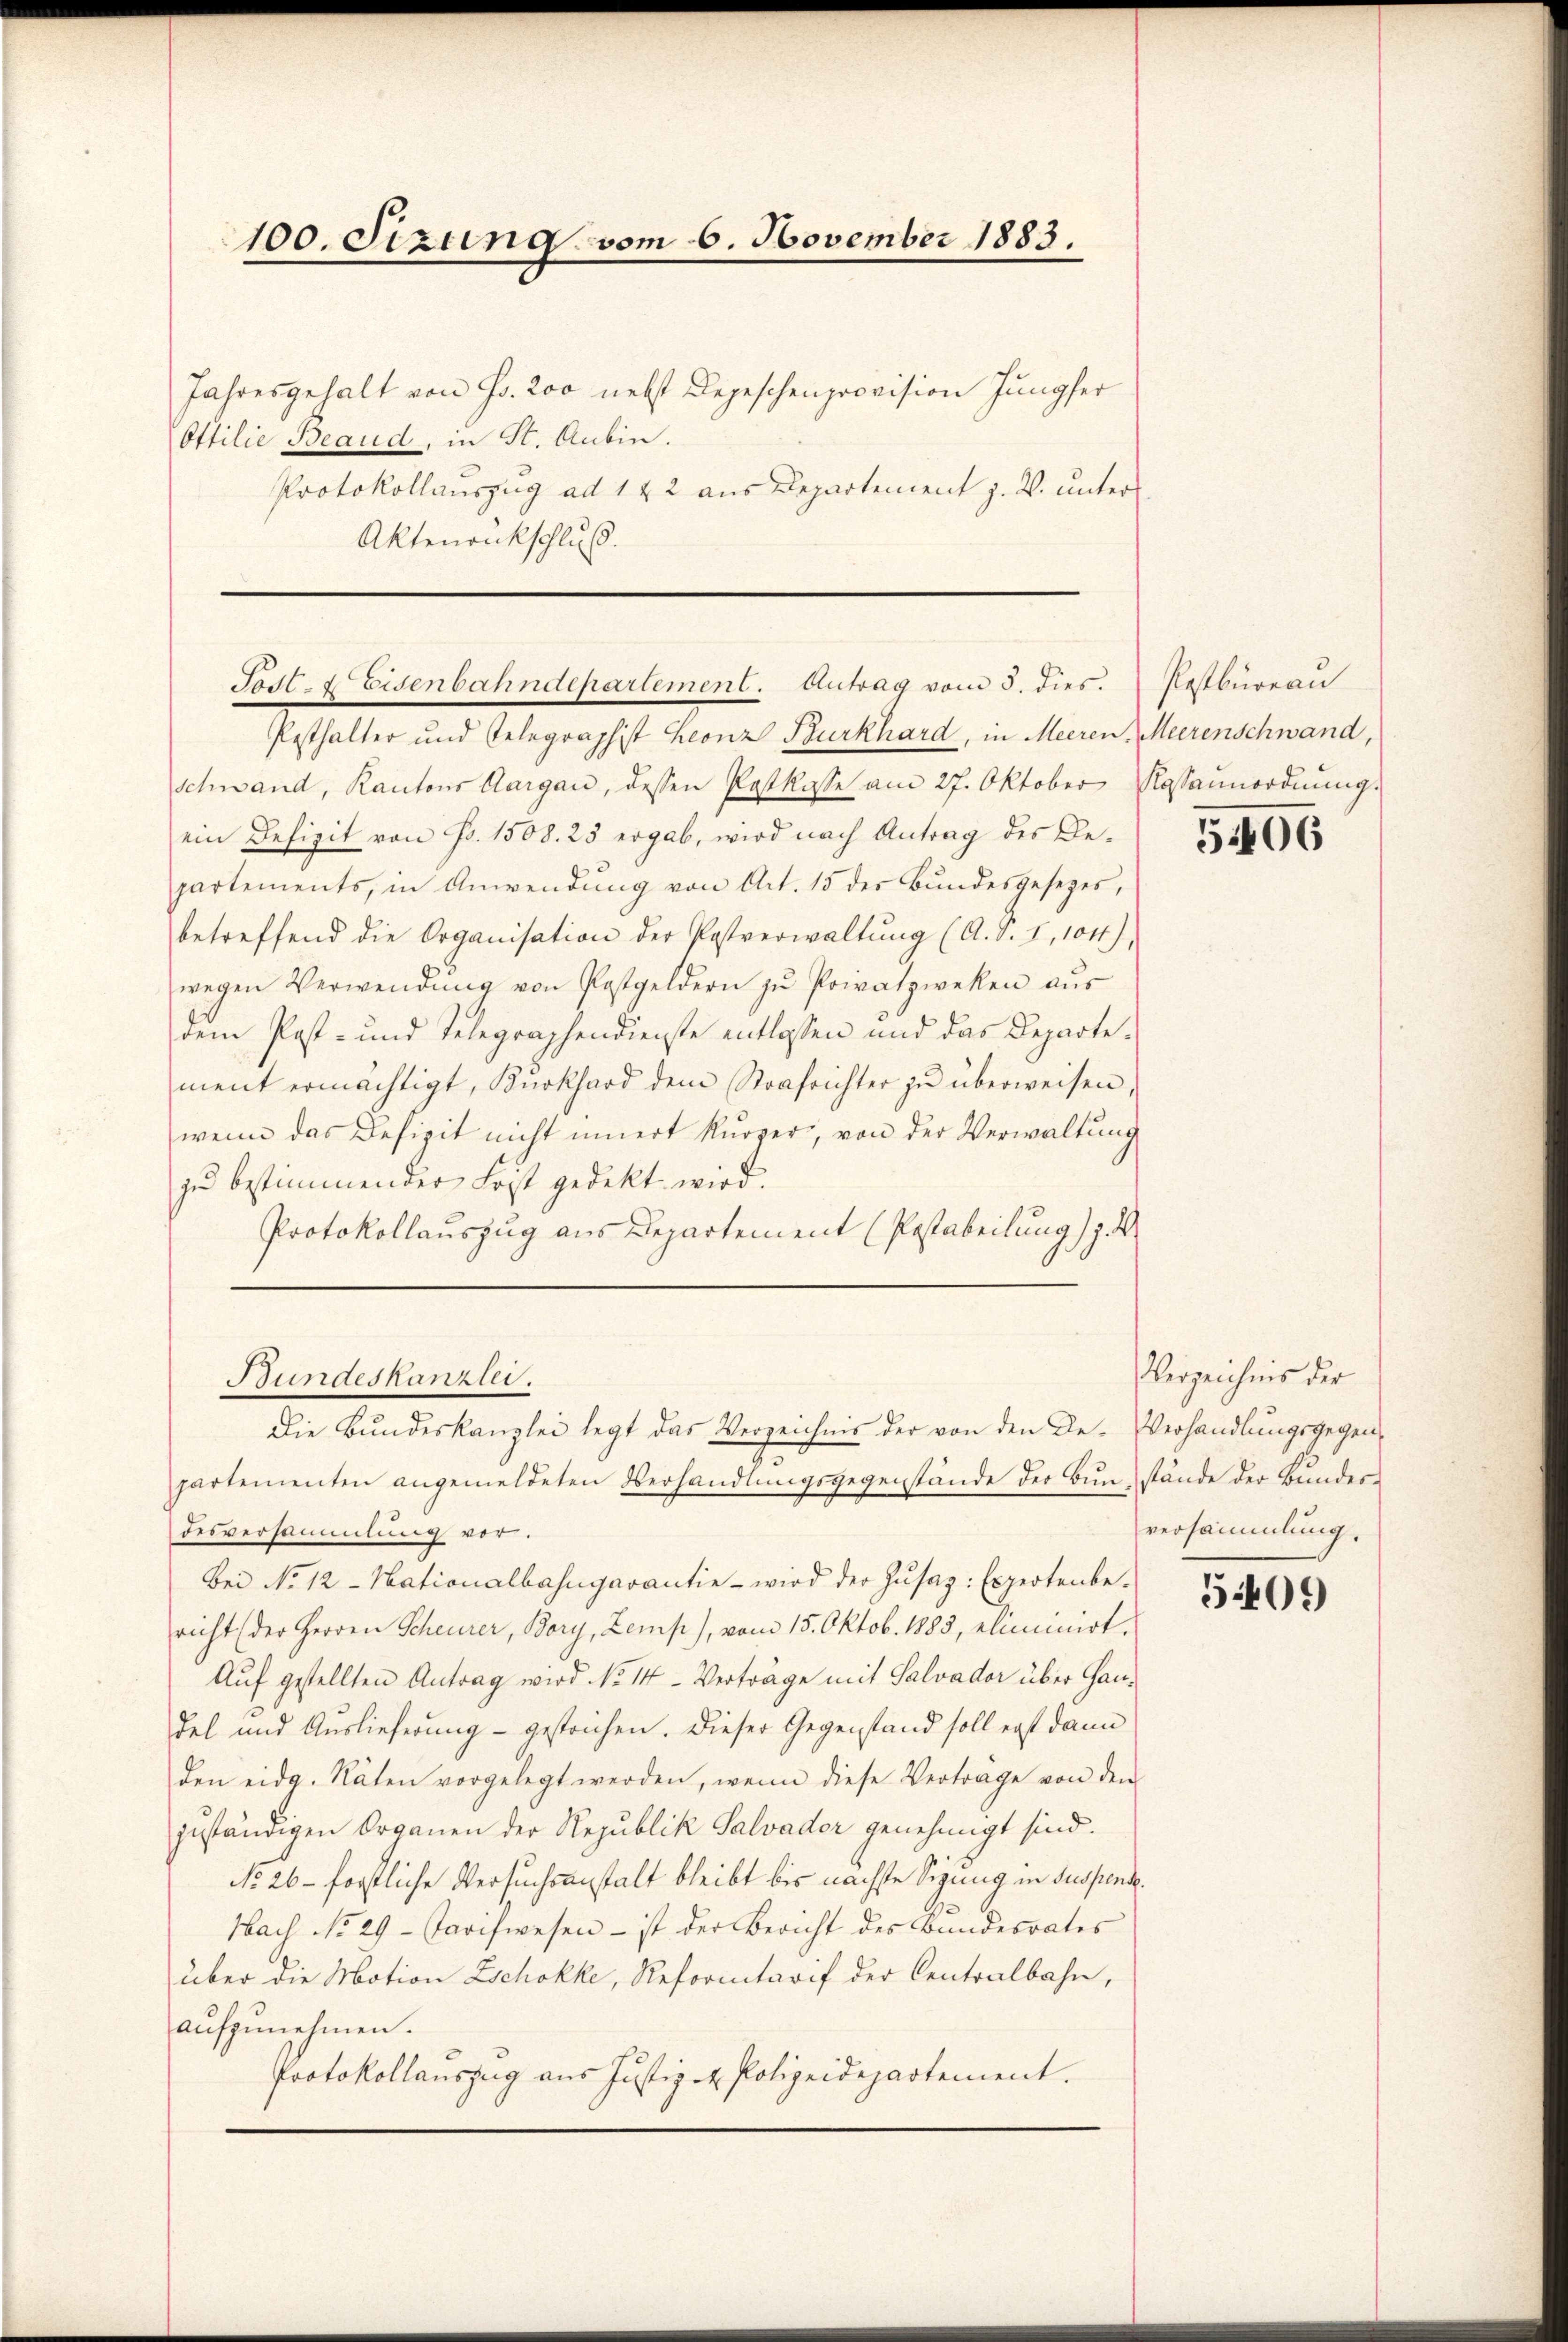
Protokollauszug ad 1 & 2 aus Departement z. B. unter
Aktenrückschluß.

100. Sizung vom 6. November 1883.
Jahresgehalt von Fr. 200 nebst Depeschenprovision Jungfer
Ottilie Beaud, in St. Aubin.

Tod. Eisenbahndepartement. Antrag vom 5. dies.

Bundeskanzlei.
Die Bundeskanzlei legt das Verzeichnis der von den De-Verhandlungsgegenpartementen angemeldeten Verhandlungsgegenstände der Bunstände der Bundes¬

Pesthalter und Telegraphist Leonz Burkhard, in Meeren Meerenschwand,
Schwand, Kantons Aargau, dessen Postkasse am 27. Oktober Kossaŭnordnŭng.
ein Defizit von Fr. 1508. 25 ergab, wird nach Antrag des Bepartements, in Anwendung von Art. 15 der Bundesgesetzes,
betreffend die Organisation der Postverwaltŭng (A. S. 7, 104),
wegen Verwendŭng von Postgeldern zŭ Privatzweken aŭs
dem Post- und Telegraphendienste entlassen und das Departement ermächtigt, Kŭrkhard dem Strafrichter zŭ überweisen,
wenn das Defizit nicht innert kürzer, von der Verwaltung
zu bestimmender Frist gedekt wird.
Protokollauszug aus Departement (Postabeilung) z. B.

Postbureau

5406

Verzeichnis der
versammlung.

desversammlung vor.
Bei No 12. Nationalbahngarantie - wird der Zŭsaz: Expertenbe-
richt (der Herren Scheurer, Bory, Zemp), vom 15. Oktob. 1883, eliminirt,
Auf gestellten Antrag wird No II. Verträge mit Salvador über Gandel und Auslieferung - gestrichen. Dieser Gegenstand soll erst dann
den eidg. Räten vorgelegt werden, wenn diese Vertrage von den
zuständigen Organen der Republik Salvader genehmigt sind.
No. 26 – forstliche Versuchsanstalt bleibt bis nächste Sigung in Suspend.
Nach No 29- Tarifwesen – ist der Bericht des Bundesrates
über die Motion Zschokke, Reformitarif der Centralbahn,
aufzunehmen.
Protokollauszug aus Justiz - Polizeidepartement.

5409